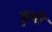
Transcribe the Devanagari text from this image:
डुली